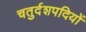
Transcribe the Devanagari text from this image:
चतुर्दशपदियों